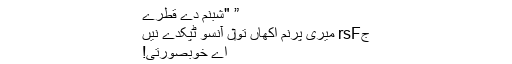
” "شبنم دے قطرے
جrsF میری پرنم اکھاں تو‏ں آنسو ٹپکدے نيں
اے خوبصورتی!